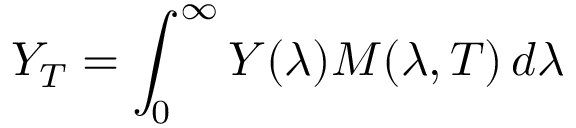
Y _ { T } = \int _ { 0 } ^ { \infty } Y ( \lambda ) M ( \lambda , T ) \, d \lambda